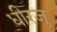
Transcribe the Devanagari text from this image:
धीरजु